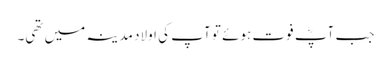
جب آپؓ فوت ہوئے تو آپ کی اولاد مدینہ میں تھی۔